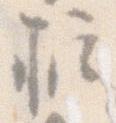
柱